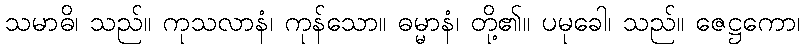
သမာဓိ၊ သည်။ ကုသလာနံ၊ ကုန်သော။ ဓမ္မာနံ၊ တို့၏။ ပမုခေါ၊ သည်။ ဇေဋ္ဌကော၊